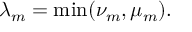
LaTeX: \lambda _ { m } = \operatorname* { m i n } ( \nu _ { m } , \mu _ { m } ) .